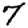
Digit: 7